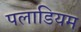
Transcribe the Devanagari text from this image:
पलाडियम